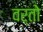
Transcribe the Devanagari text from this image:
वर्तो